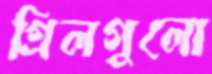
গ্রিলগুলো